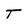
Character: T